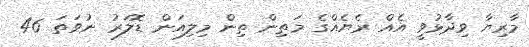
މާރިޔާ ވިދާޅުވީ އެއް ރެޔެއްގެ މަތިން ތިން މިލިއަން ޑޮލަރު ނުވަތަ 46